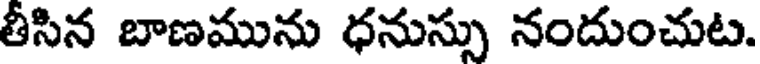
తీసిన బాణమును ధనుస్సు నందుంచుట.